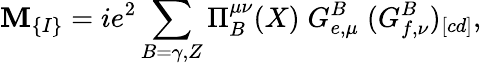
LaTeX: \mathbf{M}_{\{ I\} }=ie^{2}\sum_{B=\gamma,Z}\Pi_{B}^{\mu\nu}(X)\; G_{e,\mu}^{B}\; (G_{f,\nu}^{B})_{[cd]},